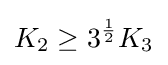
K_{2}\geq 3^{\frac {1}{2}}K_{3}